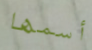
أسمها